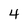
Character: 4